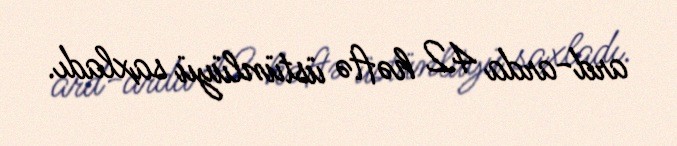
ard-arda 42 həftə üstünlüyü saxladı.